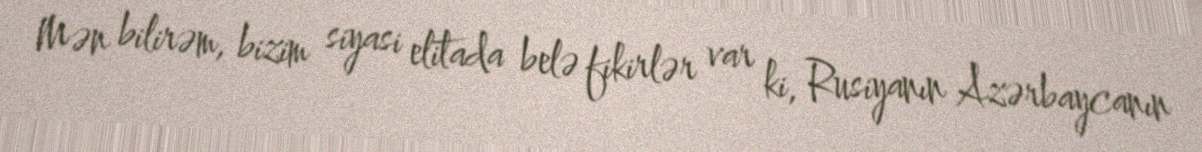
Mən bilirəm, bizim siyasi elitada belə fikirlər var ki, Rusiyanın Azərbaycanın